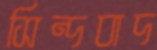
সিন্দবাদ